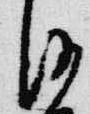
沙